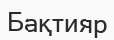
Бақтияр